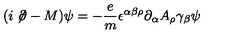
( i \not \! \partial - M ) \psi = - \frac { e } { m } \epsilon ^ { \alpha \beta \rho } \partial _ { \alpha } A _ { \rho } \gamma _ { \beta } \psi